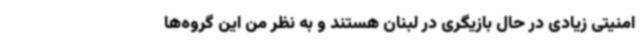
امنیتی زیادی در حال بازیگری در لبنان هستند و به نظر من این گروه‌ها